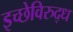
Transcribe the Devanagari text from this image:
इच्छेविरुद्ध